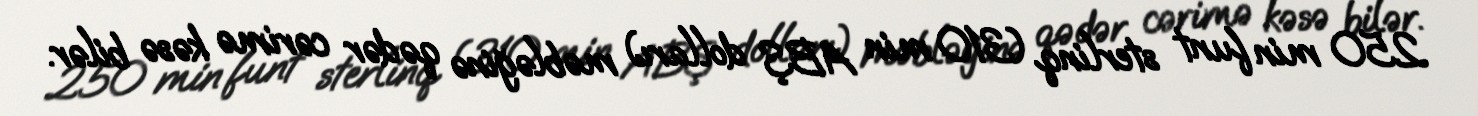
250 min funt sterlinq (310 min ABŞ dolları) məbləğinə qədər cərimə kəsə bilər.